Indian journal of veterinary science and animal husbandry - Volume 8,
Year: 1938
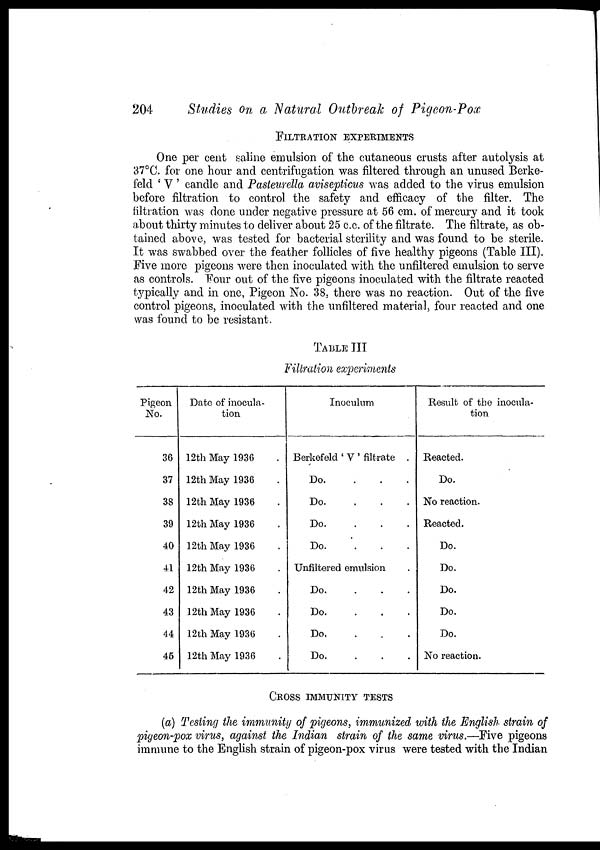
204
Studies on a Natural Outbreak of Pigeon-Pox
FILTRATION EXPERIMENTS
One per cent saline emulsion of the cutaneous crusts after autolysis at
37°C. for one hour and centrifugation was filtered through an unused Berke¬
feld 'V' candle and Pasteurella avisepticus was added to the virus emulsion
before filtration to control the safety and efficacy of the filter. The
filtration was done under negative pressure at 56 cm. of mercury and it took
about thirty minutes to deliver about 25 c.c. of the filtrate. The filtrate, as ob-
tained above, was tested for bacterial sterility and was found to be sterile.
It was swabbed over the feather follicles of five healthy pigeons (Table III).
Five more pigeons were then inoculated with the unfiltered emulsion to serve
as controls. Four out of the five pigeons inoculated with the filtrate reacted
typically and in one, Pigeon No. 38, there was no reaction. Out of the five
control pigeons, inoculated with the unfiltered material, four reacted and one
was found to be resistant.
TABLE III
Filtration experiments
Pigeon
No.
36
37
38
39
40
41
42
43
44
45
Date of inocula-
tion
12th May 1936
12th May 1936
12th May 1936
12th May 1936
12th May 1936
12th May 1936
12th May 1936
12th May 1936
12th May 1936
12th May 1936
Inoculum
Berkefeld ' V ' filtrate .
Do.
...
Do.
...
Do.
...
Do.
...
Unfiltered emulsion
Do.
...
Do.
...
Do.
...
Do.
...
Result of the inocula-
tion
Reacted.
Do.
No reaction.
Reacted.
Do.
Do.
Do.
Do.
Do.
No reaction.
CROSS IMMUNITY TESTS
(a) Testing the immunity of pigeons, immunized with the English strain of
pigeon-pox virus, against the Indian strain of the same virus.—Five pigeons
immune to the English strain of pigeon-pox virus were tested with the Indian